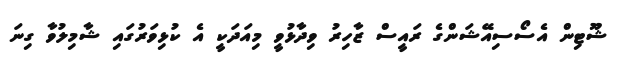
ޝޫޓިން އެސޯސިއޭޝަންގެ ރައީސް ޒާހިރު ވިދާޅުވީ މިއަދަކީ އެ ކުޅިވަަރުގައި ޝާމިލުވާ ގިނަ